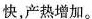
快，产热增加。